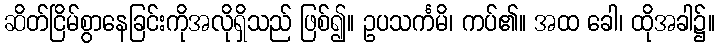
ဆိတ်ငြိမ်စွာနေခြင်းကိုအလိုရှိသည် ဖြစ်၍။ ဥပသင်္ကမိ၊ ကပ်၏။ အထ ခေါ၊ ထိုအခါ၌။